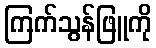
ကြက်သွန်ဖြူကို